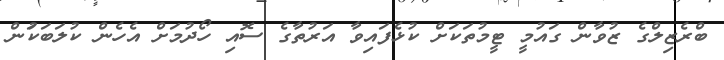
ބްރެޒިލްގެ ޒުވާން ގައުމީ ޓީމުތަކަށް ކުޅެފައިވާ އަރުތާގެ ސޮއި ހޯދުމަށް އެހެން ކުލަބަކަުން